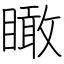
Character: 瞰